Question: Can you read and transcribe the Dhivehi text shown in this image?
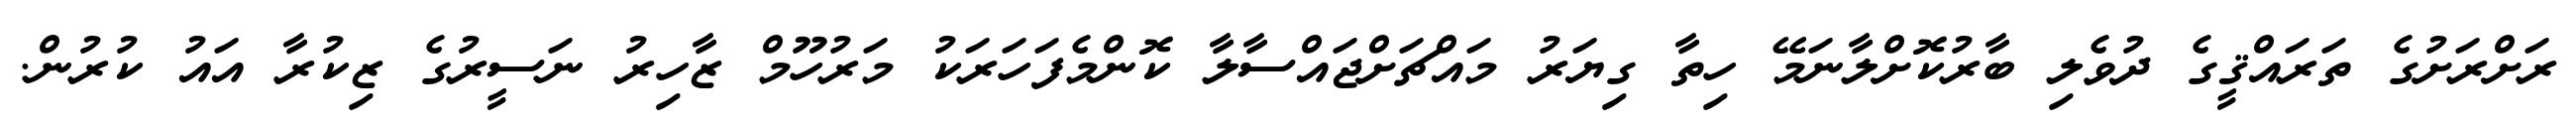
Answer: ރަށްރަށުގެ ތަރައްޤީގެ ދުވެލި ބާރުކޮށްލާނަމޭ ހިތާ ގިޔަރު މައްޗަށްޖައްސާލާ ކޮންމެފަހަރަކު މަރުހޫމް ޒާހިރު ނަސީރުގެ ޒިކުރާ އައު ކުރުން.